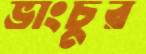
ভাংচুর